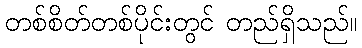
တစ်စိတ်တစ်ပိုင်းတွင် တည်ရှိသည်။